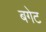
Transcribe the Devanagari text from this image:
बगेट